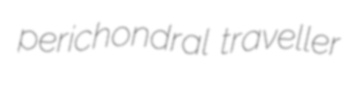
perichondral traveller